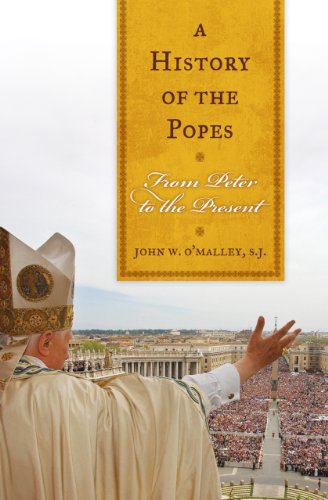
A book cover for A History of the Popes: From Peter to the Present; John W. O'Malley  SJ; Christian Books & Bibles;